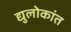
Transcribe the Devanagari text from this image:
द्युलोकांत